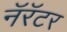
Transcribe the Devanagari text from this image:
नॅरॅटर